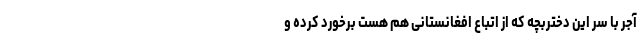
آجر با سر این دختربچه که از اتباع افغانستانی هم هست برخورد کرده و